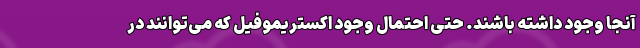
آنجا وجود داشته باشند. حتی احتمال وجود اکستریموفیل که می‌توانند در